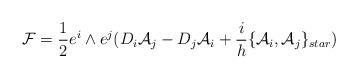
LaTeX: \begin{align*}{\cal {F}}= \frac{1}{2}e^{i}\wedge e^{j}( D_{i}{\cal {A}}_{j}-D_{j}{\cal {A}}_{i} + \frac{i}{h}\{{\cal {A}}_{i},{\cal {A}}_{j}\}_{star})\end{align*}